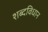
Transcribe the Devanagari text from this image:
शब्दविधान